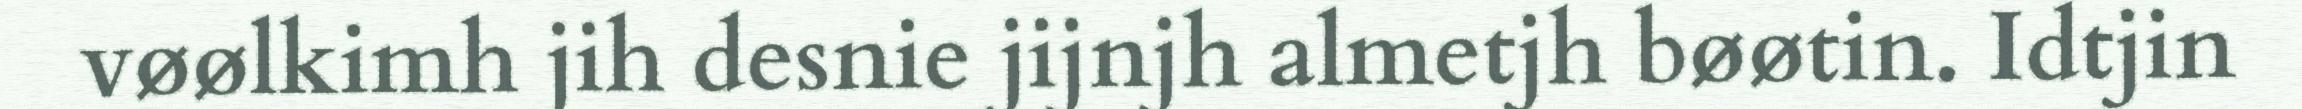
vøølkimh jih desnie jijnjh almetjh bøøtin. Idtjin